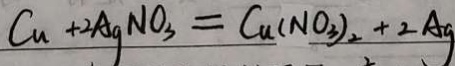
C u + 2 A g N O _ { 3 } = C u ( N O _ { 3 } ) _ { 2 } + 2 A g